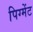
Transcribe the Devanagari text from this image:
पिग्मेंट